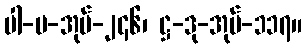
ပါ-ပ-အုပ်-၂၄၆၊ ဋ္ဌ-ဒု-အုပ်-၁၁၇။